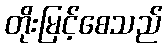
တိုးမြင့်စေသည်